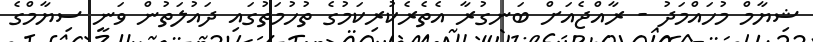
ޝިޔާމް މުހައްމަދު - ރާއްޖެއަށް ބަނގުރާ އެތެރެކުރިކަމުގެ ތުހުމަތުގައި ދައުލަތުން ވަނީ ސިޔާމްގެ